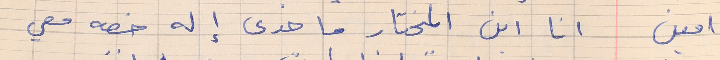
امين      انا ابن المختار ما حدى إله خصه معي